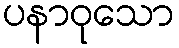
ပနာဝုသော